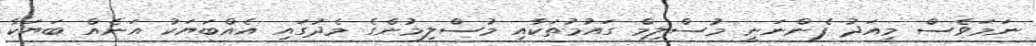
ނަމަވެސް މިއަދު ފެންނަނީ މުސްލިމް ގައުމުތަކާއި މުސްލިމުންގެ މެދުގައި އެއްބަޔަކު އަނެއް ބަޔަކާ